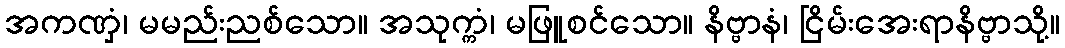
အကဏှံ၊ မမည်းညစ်သော။ အသုက္ကံ၊ မဖြူစင်သော။ နိဗ္ဗာနံ၊ ငြိမ်းအေးရာနိဗ္ဗာသို့။